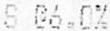
S @6.0%